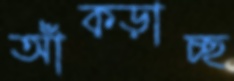
আঁক্‌ড়াচ্ছ